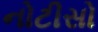
નોટીસો